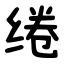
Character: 绻